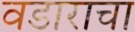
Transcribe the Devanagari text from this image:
वडाराचा